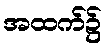
အထက်၌